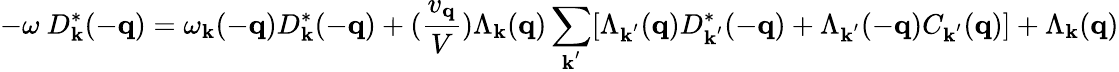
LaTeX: -\omega\mathrm{~}D_{{\mathbf{k}}}^{*}(-{\mathbf{q}})=\omega_{{\mathbf{k}}}(-{\mathbf{q}})D_{{\mathbf{k}}}^{*}(-{\mathbf{q}})+(\frac{v_{{\mathbf{q}}}}{V})\Lambda_{{\mathbf{k}}}({\mathbf{q}})\sum_{{\mathbf{k}}^{'}}[\Lambda_{{\mathbf{k}}^{'}}({\mathbf{q}})D_{{\mathbf{k}}^{'}}^{*}(-{\mathbf{q}})+\Lambda_{{\mathbf{k}}^{'}}(-{\mathbf{q}})C_{{\mathbf{k}}^{'}}({\mathbf{q}})]+\Lambda_{{\mathbf{k}}}({\mathbf{q}})